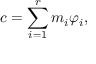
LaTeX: c = \sum _ { i = 1 } ^ { r } m _ { i } \varphi _ { i } ,